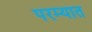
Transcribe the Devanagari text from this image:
परम्यात